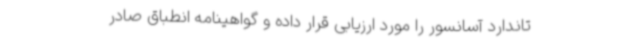
تاندارد آسانسور را مورد ارزیابی قرار داده و گواهینامه انطباق صادر